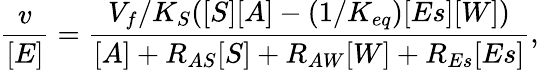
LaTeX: \frac{v}{[E]}=\frac{{V_{f}}/{K_{S}}([S][A]-(1/K_{eq})[Es][W])}{[A]+R_{AS}[S]+R_{AW}[W]+R_{Es}[Es]},